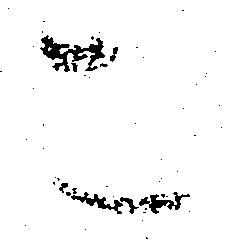
こ